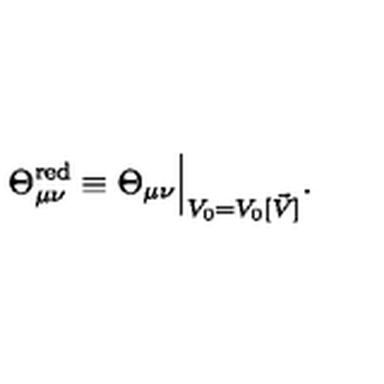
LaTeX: \Theta _ { \mu \nu } ^ { \mathrm { r e d } } \equiv \Theta _ { \mu \nu } \Big | _ { V _ { 0 } = V _ { 0 } [ \vec { V } ] } .